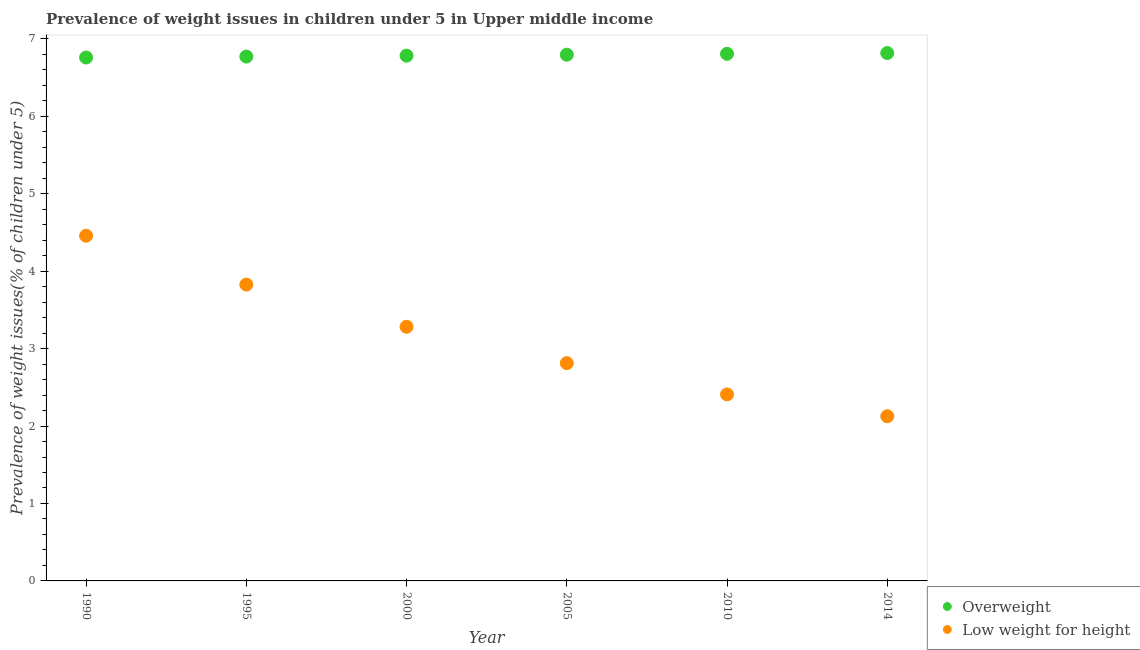
| Year | Overweight | Low weight for height |
 | --- | --- | --- |
 | 1990 | 6.76 | 4.46 |
 | 1995 | 6.77 | 3.83 |
 | 2000 | 6.78 | 3.28 |
 | 2005 | 6.8 | 2.81 |
 | 2010 | 6.81 | 2.41 |
 | 2014 | 6.82 | 2.13 |